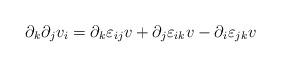
LaTeX: \begin{align*} \partial_k\partial_j v_i=\partial_k\varepsilon_{ij}v+\partial_j\varepsilon_{ik}v-\partial_i\varepsilon_{jk}v \end{align*}